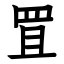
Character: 罝